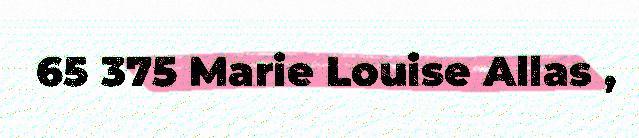
65 375 Marie Louise Allas ,